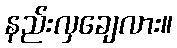
နည်းလှချေလား။